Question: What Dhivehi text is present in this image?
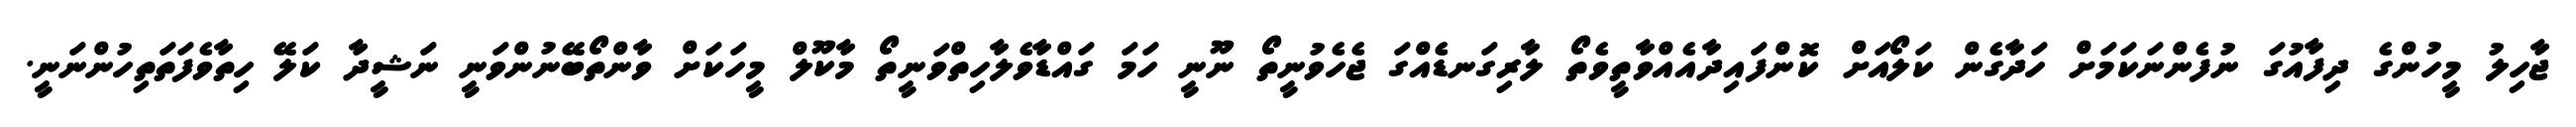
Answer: ޖާހިލު މީހުންގެ ދިފާއުގަ ނުފެންނަކަމަށް ހަދާގެން ކަލޯއަށް ކޮންފައިދާއެއްވާތީވެތޯ ލާރިގަނޑެއްގަ ޖެހެވުނީތޯ ނޫނީ ހަމަ ގައްޑާވެލާހިތްވަނީތޯ މާކޫލް މީހަކަށް ވާންތޯބޭނުންވަނީ ނަޝީދާ ކަލޭ ހިތާވެފަތަތިހުންނަނީ.